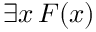
\exists x \, F ( x )